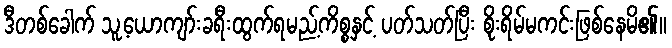
ဒီတစ်ခေါက် သူ့ယောကျာ်းခရီးထွက်ရမည့်ကိစ္စနှင့် ပတ်သတ်ပြီး စိုးရိမ်မကင်းဖြစ်နေမိ၏။